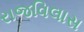
રાજવિલાસ